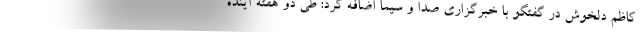
کاظم دلخوش در گفتگو با خبرگزاری صدا و سیما اضافه کرد: طی دو هفته آینده